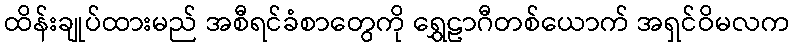
ထိန်းချုပ်ထားမည် အစီရင်ခံစာတွေကို ရွှေဠာဂီတစ်ယောက် အရှင်ဝိမလက